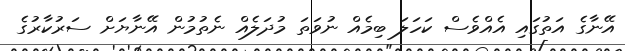
އޭނާގެ އަތުގައި އެއްވެސް ކަހަލަ ބިމެއް ނުވަތަ މުދަލެއް ނެތުމުން އޭނާޔަށް ސަރުކާރުގެ